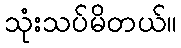
သုံးသပ်မိတယ်။